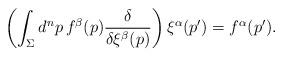
\begin{align*}\left( \int_\Sigma d^np \, f^\beta(p) {\delta\over\delta \xi^\beta(p)} \right) \xi^\alpha(p') = f^\alpha(p').\end{align*}